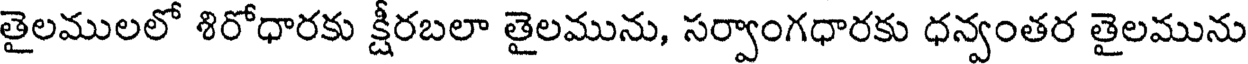
తైలములలో శిరోధారకు క్షీరబలా తైలమును, సర్వాంగధారకు ధన్వంతర తైలమును